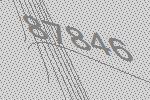
87846